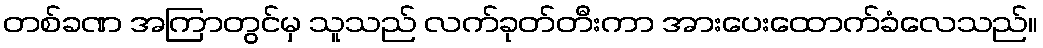
တစ်ခဏ အကြာတွင်မှ သူသည် လက်ခုတ်တီးကာ အားပေးထောက်ခံလေသည်။